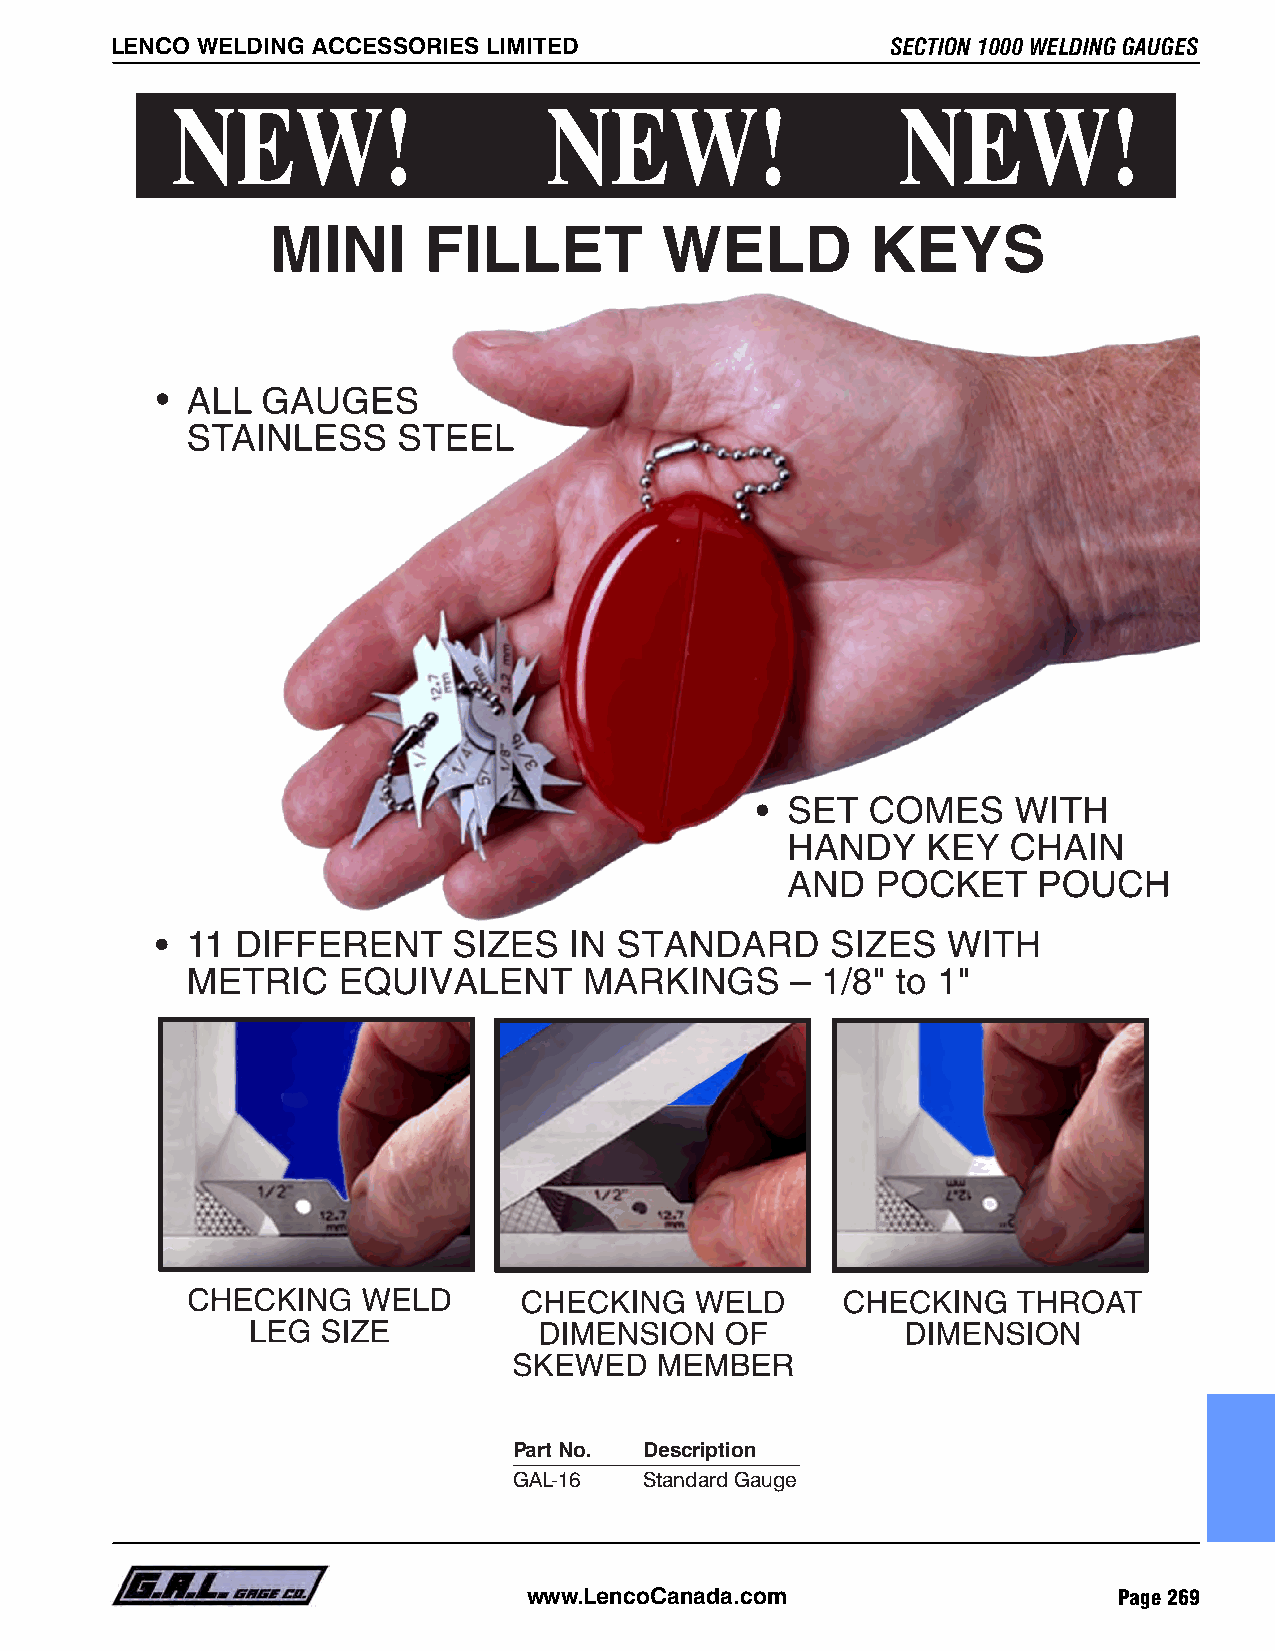
SECTION 1000 WELDING GAUGES LENCO WELDING ACCESSORIES LIMITED LENCO WELDING ACCESSORIES LIMITED SECTION 1000 WELDING GAUGES
 Sliding Pointer
 for Different pipe
 Schedules
 Sliding Pointer
 for Throat
 Measurement
 Part No. Description              Part No. Description
 GAL-14 Standard Gauge             GAL-16   Standard Gauge
 Page 268 www.LencoCanada.com       www.LencoCanada.com                    Page 269